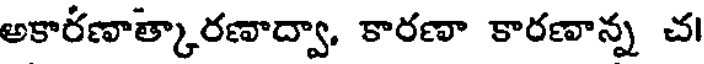
అకారణాత్కారణాద్వా, కారణా కారణాన్న చ।